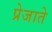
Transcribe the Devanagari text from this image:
प्रेजाते